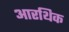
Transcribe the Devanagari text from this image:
आरथिक